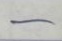
-